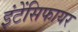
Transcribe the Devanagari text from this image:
इंटेंसिफायर